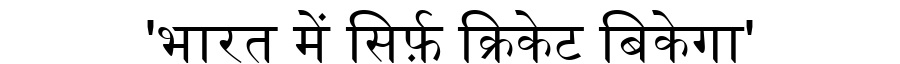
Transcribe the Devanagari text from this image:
'भारत में सिर्फ़ क्रिकेट बिकेगा'